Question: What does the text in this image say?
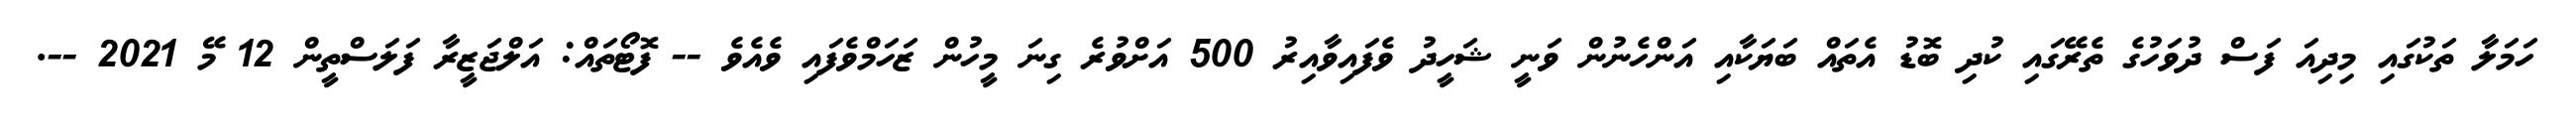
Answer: ހަމަލާ ތަކުގައި މިދިއަ ފަސް ދުވަހުގެ ތެރޭގައި ކުދި ބޮޑު އެތައް ބަޔަކާއި އަންހެނުން ވަނީ ޝަހީދު ވެފައިވާއިރު 500 އަށްވުރެ ގިނަ މީހުން ޒަހަމްވެފައި ވެއެވެ -- ފޮޓޯތައް: އަލްޖަޒީރާ ފަލަސްތީން 12 މޭ 2021 --.